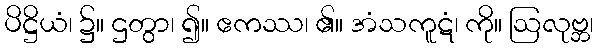
ပိဋ္ဌိယံ၊ ၌။ ဌတွာ၊ ၍။ ဧကဿ၊ ၏။ အံသကူဋံ၊ ကို။ ဩလုဗ္ဘ၊